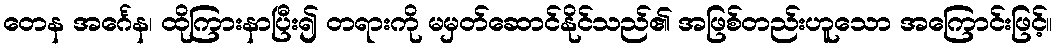
တေန အင်္ဂေန၊ ထိုကြားနာပြီး၍ တရားကို မမှတ်ဆောင်နိုင်သည်၏ အဖြစ်တည်းဟူသော အကြောင်းဖြင့်။